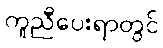
ကူညီပေးရာတွင်